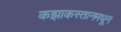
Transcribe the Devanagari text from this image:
कझाकस्तानमधून